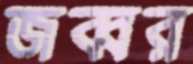
জব্বর